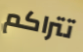
تتراكم